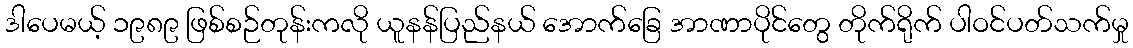
ဒါပေမယ့် ၁၉၈၉ ဖြစ်စဉ်တုန်းကလို ယူနန်ပြည်နယ် အောက်ခြေ အာဏာပိုင်တွေ တိုက်ရိုက် ပါဝင်ပတ်သက်မှု